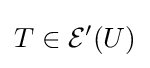
T\in {\mathcal {E}}^{\prime }(U)